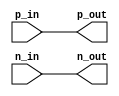
module io_buff(
    input wire p_in,
    input wire n_in,
    output wire p_out,
    output wire n_out
);

assign p_out = p_in;
assign n_out = n_in;

endmodule